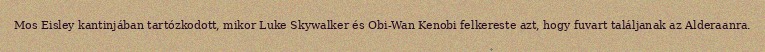
Mos Eisley kantinjában tartózkodott, mikor Luke Skywalker és Obi-Wan Kenobi felkereste azt, hogy fuvart találjanak az Alderaanra.